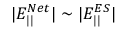
| E _ { | | } ^ { N e t } | \sim | E _ { | | } ^ { E S } |